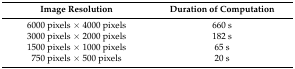
| Image Resolution | Duration of Computation |
 | --- | --- |
 | 6000 pixels × 4000 pixels | 660 s |
 | 3000 pixels × 2000 pixels | 182 s |
 | 1500 pixels × 1000 pixels | 65 s |
 | 750 pixels × 500 pixels | 20 s |